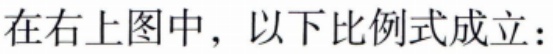
在右上图中，以下比例式成立：